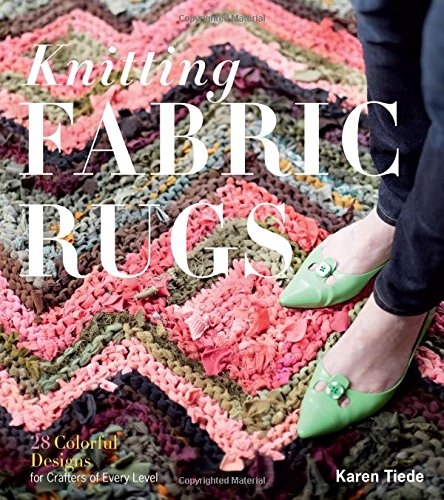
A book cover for Knitting Fabric Rugs: 28 Colorful Designs for Crafters of Every Level; Karen Tiede; Crafts, Hobbies & Home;